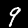
Digit: 9